Calcutta medical institutions reports 1892-1900
Year: 1892
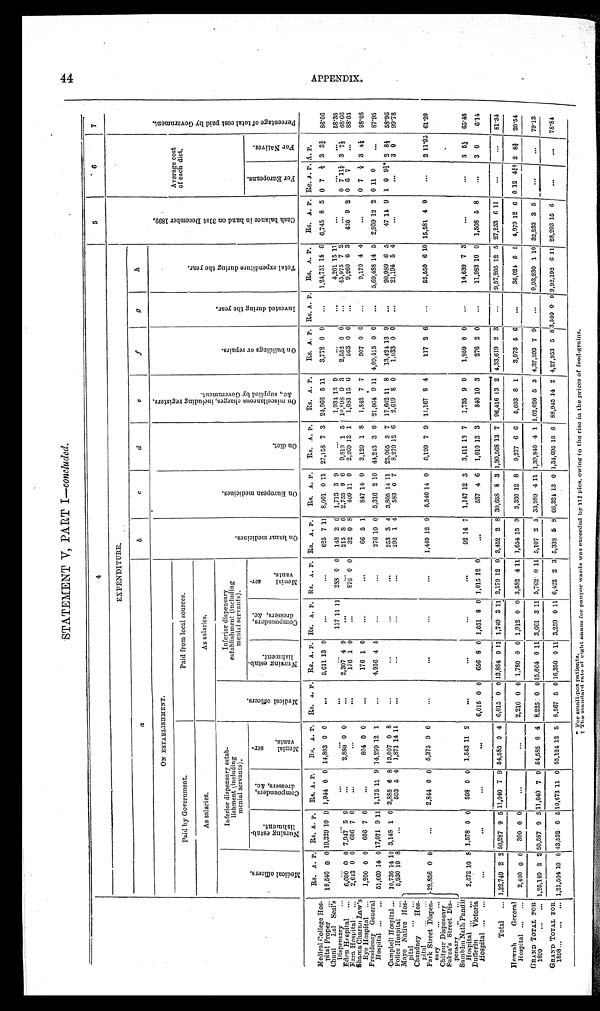
STATEMENT V, PART I— concluded.
4
5
6
EXPENDITURE.
a
b
c
d
e
f
g
h
ON ESTABLISHMENT.
O n b a z a r m e d i c i n e s .
O n E u r o p e a n m e d i c i n e s .
O n d i e t .
O n m i s c e l l a n e o u s c h a r g e , i n c l u d i n g r e g i s t e r s , & c . , s u p p l i e d b y G o v e r n m e n t .
O n b u i l d i n g s o r r e p a i r s .
I
n v e s t e d d u r i n g t h e y e a r .
T o t a l e x p e n d i t u r e d u r i n g t h e y e a r .
C a s h b a l a n c e i n h a n d o n 3 1 s t D e c e m b e r 1 8 9 9 .
Average cost
of each diet.
P e r c e n t a g e o f t o t a l c o s t p a i d b y G o v e r n m e n t .
Paid by Government.
Paid from local sources.
As salaries.
As salaries.
M e d i c a l o f f i c e r s .
M e d i c a l o f f i c e r s .
Inferior dispensary estab-
lishment (including
meni al servants).
Inferior dispensary
establishment (including
menial servants).
N u r s i n g e s t a b l i s h m e n t .
C o m p o u n d e r s , d r e s s e r s , & c .
M e n i a l s e r v a n t s .
F o r E u r o p e a n s .
F o r N a t i v e s .
N u r s i n g e s t a b l i s h m e n t .
C o m p o u n d e r s , d r e s s e r s , & c .
M e n i a l s e r v a n t s
.
Rs. A. P. Rs. A. P. Rs. A. P.
Re. A. P. Rs. A. P. Rs. A. P. Rs. A. P. Rs. A. P. Rs. A. P.
Rs. A. P.
RS. A. P.
Rs. A. P.
RS. A. P. Rs. A. P. Rs. A. P.
Rs. A. P. Re. A . P. A. P.
Medical College
Hos-pital Proper ... 18,540 0 0 19,329 10 9 1,944 0 0 14,803 0 0
...
5,611 13 9
...
...
625 7 11 8,001 0 11 27,158 7 3 24,966 5 11
3,772 0 0
...
1,24,751 14 6 6,745 8 5 0 7 ½ 3 3½ 86.06
Chuni Lal Seal's
Dispensary ...
...
...
...
...
...
...
117 11 11 288 0 0 148 2 6 1,713 3 9
...
1,934 13 9
...
. . .
4,201 15 11
. . .
...
...
58.35
Eden Hospital ...
6,600 0 0 7,947 5 9
...
2,880 0 0
...
2,307 4 9
...
...
215 8 6 2,755 9 6
9,819 1 5
1 0 , 8 9 8 9 3
2,552 0 0
...
45,975 7 2
...
0 7 11½ 3 7½ 68.66
Ezra Hospital ...
2,643 0 0 606 7 0
...
...
...
176 1 0
...
876 0 0
32 0 8 409 11 0 2,269 13 1
1,683 15 6
563 0 0
. . .
9,260 0 3
430 9 2 0 6 7 ...
88.63
Shama Charan Law's
Eye Hospital ...
1,200 0 0 606 7 0
...
804 0 0
...
176 1 0
...
...
66 5 1
847 14 0
3,120 1 8 1,842 7 7
507 0 0
...
9,170 4 4
...
0 7
½ 3 4½ 98.08
Presidency General
Hospital ... ...
5 1 , 6 6 9 14 0 17,071 9 11 1,175 11 9 14,299 12 1
...
4,956 4 5 ...
...
276 10 0 5,316 2 10 44,243 3 6 21,064 9 11 4,09,415 0 0
...
5,69,488 14 5 2,939 12 2 0 11 0
...
87.95
Campbell Hospital ... 10,736 14 10 3,148 1 0 3,885 6 8 13,007 0 8
...
...
...
...
253 3 4 3,805 14 11 25,065 3 7 17,662 11 8 13,42413 9
...
90,989 6 5
47 14 9 1 0 92/3* 2 8½
58.96
Police Hospital ...
5,930 10 8
...
593 5 4 1,871 14 11
...
...
...
...
292 1 4
583 0 7
8,270 12 6 2,619 8 0
1,033 0 0
...
21,194 5 4
. . . ...
3 0
99.78
Mayo Native Hos-
pital ...
22,856 0 0
...
2,844 0 0 5,375 9 6
...
...
...
...
1,449 12 9 5,540 14 0
6,199 7 9 11,167 8 4
117 2 6
. . .
55,550 6 10 15,581 4 9
...
2 11.95 61.20
Chandney Hos-
pital ... ...
Park Street Dis-pen
sary. .. ...
Chitpur Dispensary
Sukea's Street Dis-
pensary ... ... .
Sambhu Nath Pandit
Hospital ... ...
2,572 1 0 8 1,578 0 0 598 0 0 1,543 11 2
...
...
...
...
92 14 7 1,147 12 3
3,411 13 7
1,735 9 0
1,959 0 0
14,639 7 3
...
...
3 5½ 65.48
Dufferin Victoria Hospital ... ...
...
...
...
...
6,015 0 0 656 8 0 1,631 8 0 1,015 12 0
...
537 4 6 1,010 13 3
840 10 3
276 2 0
...
11,983 10 0 1,508 5 8
3 0
6.14
Total ... 1,22,749 2 2 50,287 9 5 11,040 7 9 54,585 0 4 6,015 0 0 13,884 0 11 1,749 3 11 2,179 12
0 3,452 2 8 30,658 8 3 1,30,568 13 7 96,416 13 2 4,33,619 2 3
...
9,57,205 12 5 27,253 6 11
81.34
Howrah General
Hospital ... ...
2,400 0 0
3 0 0 0 0
...
...
2,210 0 0 1,780 0 0 1,912 0 0 3,582 4 11 1,654 15 9 3,330
1 2 8
9,277 6 6 5,603 8 1
3,973 5
6 ...
36,024 5 5 4,979
1 2 6 0
1 2
43/4† 2 83/4 20.54
GRAND TOTAL FOR
1899 ... ...
1,25,149 2 2 50,587 9 5 11,040 7 9 54,585 0 4 8,225 0 0 15,664 0
1 1 3,661 3 11 5,762 0 11 5,107 2 5 33,989 4 11 1,39,846 4
1
1,02,020 5 3 4,37,592 7 9
...
9,93,230 1
1 0 32,233 3 5 ...
...
79.13
GRAND TOTAL FOR
1898 ... .. 1,21,504 10 0 43,532 6 5
10,673 11 0 55,124 12 5 8,567 5 0 16,350 0 1 1 3,259 0 11 6,422 2 3 5,333 5 8 66,324 1 3 0 1,34,695 15 6 88,945
1 4 2 4,27,953 5
8
3,500 0 0
9,92,192
6 1 1 28,293
1 5
6
...
...
78.84
* F o r s m a l l - p o x p a t i e n t s .
†T
h e s t a n d a r d r a t e o f e i g h t a n n a s f o r p a u p e r w a r d s w a s
e x c e e d e d b y 1 1
3 / 4
p i e s ,
o w i n g t o t h e r i s e i n t h e
p r i c e s o f
f o o d - g r a i n s .
4 4 A P P E N D I X